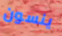
ينسون